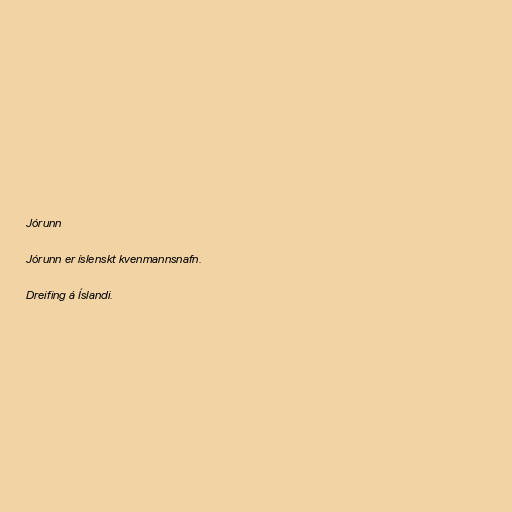
Jórunn

Jórunn er íslenskt kvenmannsnafn.

Dreifing á Íslandi.